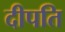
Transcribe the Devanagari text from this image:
दीपति